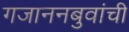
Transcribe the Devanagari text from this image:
गजाननबुवांची